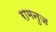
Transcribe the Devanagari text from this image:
रामनुज